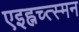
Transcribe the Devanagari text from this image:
एइह्नच्त्स्मन